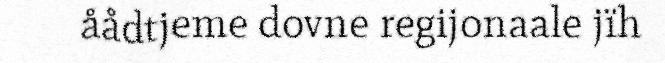
åådtjeme dovne regijonaale jïh